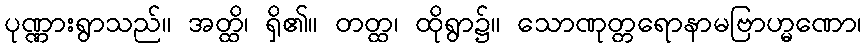
ပုဏ္ဏားရွာသည်။ အတ္ထိ၊ ရှိ၏။ တတ္ထ၊ ထိုရွာ၌။ သောဏုတ္တရောနာမဗြာဟ္မဏော၊